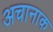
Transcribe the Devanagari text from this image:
अचानाक